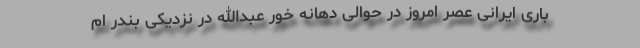
باری ایرانی عصر امروز در حوالی دهانه خور عبدالله در نزدیکی بندر ام